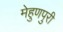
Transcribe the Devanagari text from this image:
मेहुणपुरी